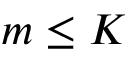
m \le K